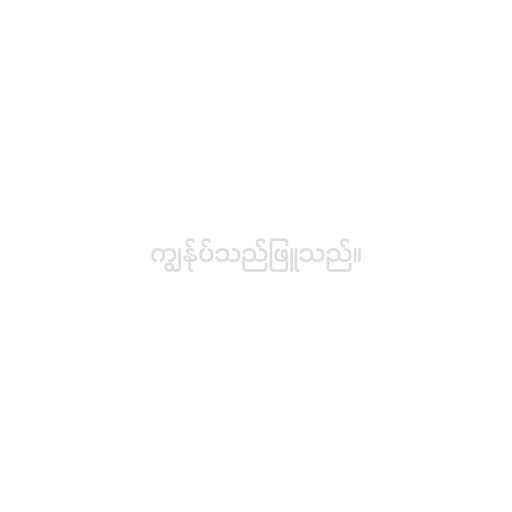
ကျွန်ုပ်သည်ဖြူသည်။